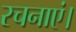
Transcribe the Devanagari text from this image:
रचनाएं।